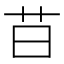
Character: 䒤